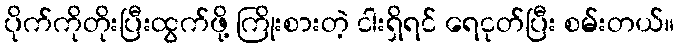
ပိုက်ကိုတိုးပြီးထွက်ဖို့ ကြိုးစားတဲ့ ငါးရှိရင် ရေငုတ်ပြီး စမ်းတယ်။